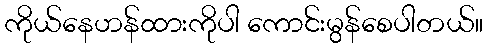
ကိုယ်နေဟန်ထားကိုပါ ကောင်းမွန်စေပါတယ်။